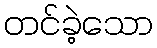
တင်ခဲ့သော